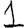
Digit: 1